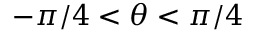
- \pi / 4 < \theta < \pi / 4